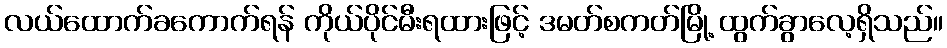
လယ်ထောက်ခကောက်ရန် ကိုယ်ပိုင်မီးရထားဖြင့် ဒမတ်စကတ်မြို့ ထွက်ခွာလေ့ရှိသည်။